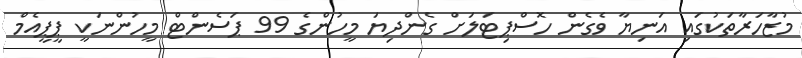
މުޒާހަރާތަކުގައި އަނިޔާ ވެގެން ހޮސްޕިޓަލަށް ގެންދިޔަ މީހުންގެ 99 ޕަސެންޓް މީހުންނަކީ ޕީޕީއެމް